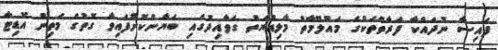
ފައިސާ ނުދައްކާ ފަރާތްތަކުގެ މައުލޫމާތު މާލިއްޔަތު ގަވާއިދުގައި ބަޔާންކޮށްފައިވާ ގޮތުގެ މަތިން އޮޑިޓާ